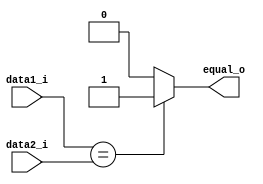
module Equal(
	data1_i,
	data2_i,
	equal_o
);

input   [31:0]      data1_i, data2_i;
output  equal_o;

assign  equal_o = (data1_i == data2_i) ? 1'b1 : 1'b0;

endmodule